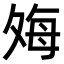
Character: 𫯎